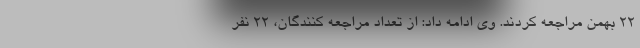
٢٢ بهمن مراجعه کردند. وی ادامه داد: از تعداد مراجعه کنندگان، ۲۲ نفر